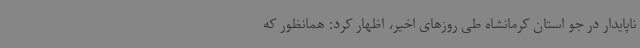
ناپایدار در جو استان کرمانشاه طی روزهای اخیر، اظهار کرد: همانظور که